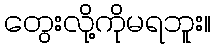
တွေးလို့ကိုမရဘူး။